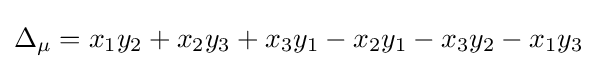
\Delta _{\mu }=x_{1}y_{2}+x_{2}y_{3}+x_{3}y_{1}-x_{2}y_{1}-x_{3}y_{2}-x_{1}y_{3}